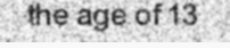
the age of 13